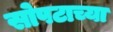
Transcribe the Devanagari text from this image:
सोपटाच्या